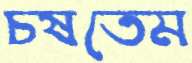
চষতেম